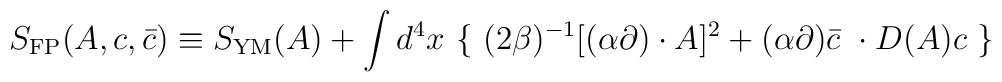
S_{\rm FP}(A, c, \bar{c}) \equiv S_{\rm YM}(A) + \int d^4x \ \{ \ (2\beta)^{-1}[(\alpha \partial) \cdot A]^2 + (\alpha\partial) \bar{c} \  \cdot D(A) c \ \}